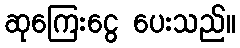
ဆုကြေးငွေ ပေးသည်။